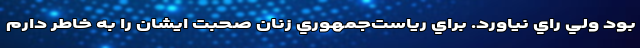
بود ولي راي نياورد. براي رياست‌جمهوري زنان صحبت ايشان را به خاطر دارم